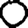
Digit: 0